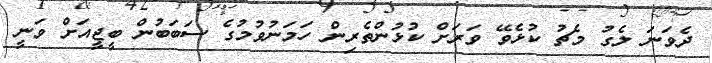
ދެވަނަ ލެގު މެޗު ކުޅެވޭ ވަރަށް ކުޅުންތެރިން ހަމަނުވުމުގެ ސަބަބުން ބީޖީއަށް ވަނީ